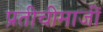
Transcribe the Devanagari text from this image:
प्रतीचीमाजीं